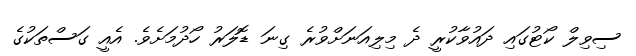
ސިވިލް ކޯޓުގައި ދައުވާކުރީ ދެ މިލިއަނަށްވުރެ ގިނަ ޑޮލަރު ހޯދުމަށެވެ. އެއީ ގަސްތަކުގެ